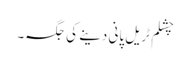
چشلم ٹریل پانی دینے کی جگہ۔